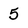
Character: 5